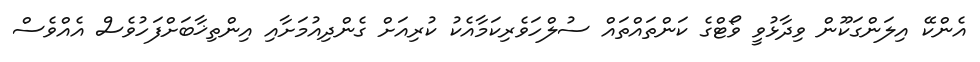
އެންކޭ އިލަންގަކޫން ވިދާޅުވީ ވޯޓްގެ ކަންތައްތައް ސުލްހަވެރިކަމާއެކު ކުރިއަށް ގެންދިއުމަށާއި އިންތިޚާބަށްފަހުވެސް އެއްވެސް